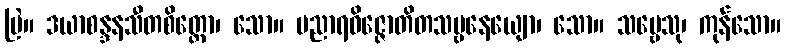
မြဲ။ ဒယာစန္ဒနသီတစိတ္တော၊ သော။ ပညာရဝိဇ္ဇောတိတသဗ္ဗနေယျော၊ သော။ သဗ္ဗေသု၊ ကုန်သော။